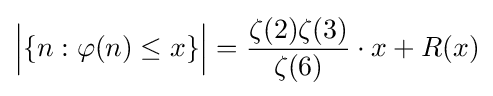
{\Big \vert }\{n:\varphi (n)\leq x\}{\Big \vert }={\frac {\zeta (2)\zeta (3)}{\zeta (6)}}\cdot x+R(x)